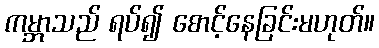
ကမ္ဘာသည် ရပ်၍ စောင့်နေခြင်းမဟုတ်။